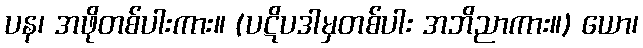
ပန၊ အဖိုတစ်ပါးကား။ (ပဋိပဒါမှတစ်ပါး အဘိညာကား။) ယော၊